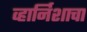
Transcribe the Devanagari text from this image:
व्हार्निशाचा